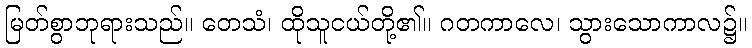
မြတ်စွာဘုရားသည်။ တေသံ၊ ထိုသူငယ်တို့၏။ ဂတကာလေ၊ သွားသောကာလ၌။